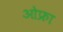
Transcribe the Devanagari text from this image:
ओफ्रा